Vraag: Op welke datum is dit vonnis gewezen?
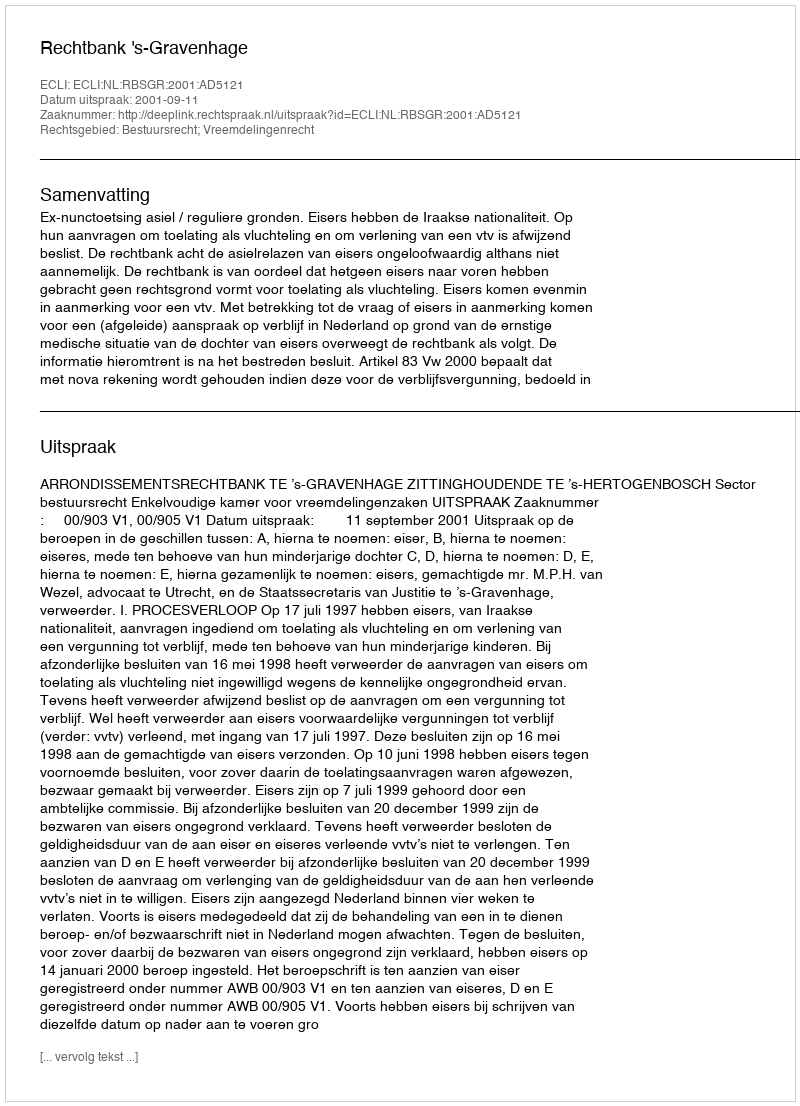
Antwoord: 2001-09-11